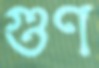
গুণ